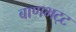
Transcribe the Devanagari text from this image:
बाणभट्‌ट